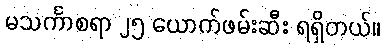
မသင်္ကာစရာ ၂၅ ယောက်ဖမ်းဆီး ရရှိတယ်။